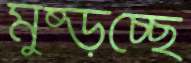
মুষ্‌ড়চ্ছে